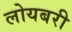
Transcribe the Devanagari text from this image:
लोयबरी